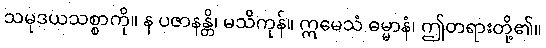
သမုဒယသစ္စာကို။ န ပဇာနန္တိ၊ မသိကုန်။ ဣမေသံ ဓမ္မာနံ၊ ဤတရားတို့၏။